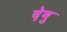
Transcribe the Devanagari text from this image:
देवु